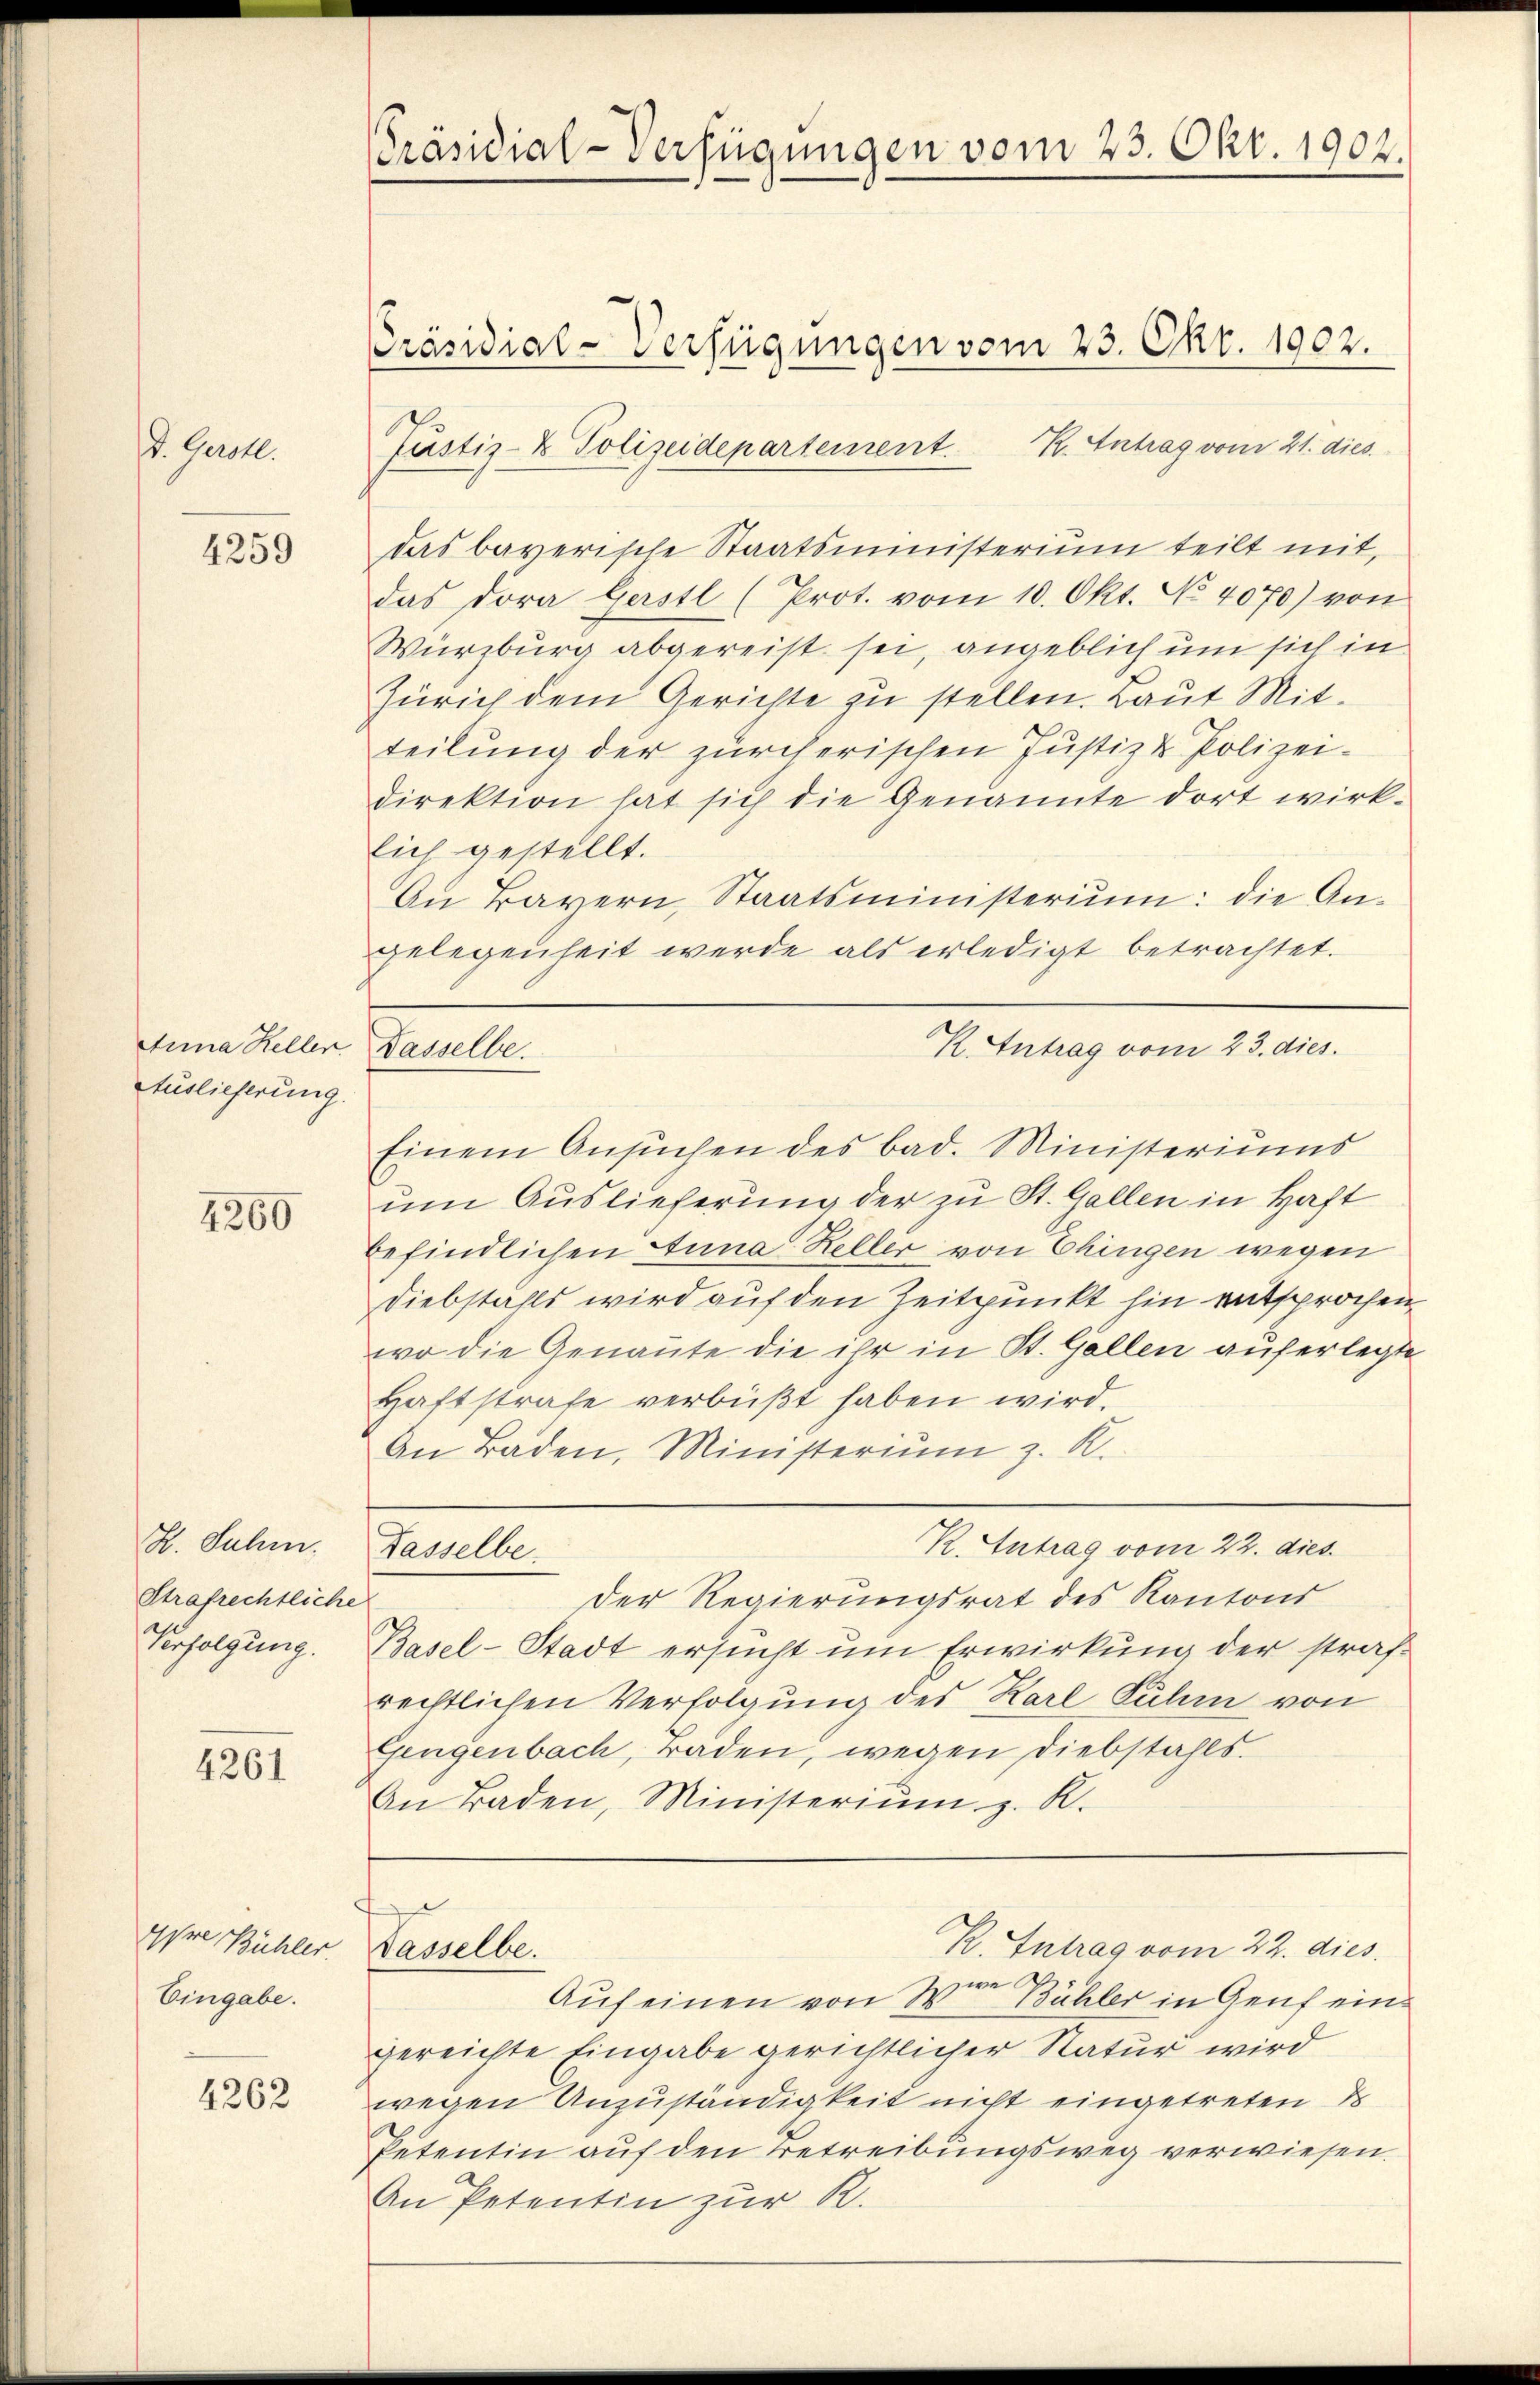
d. Gerstl.

4259

Anna Hellen Gasselbe.
Auslieferung

4260

H. Suhm.
Strafrechtliche
Verfolgung.

4261

Were Bühler
Eingabe.

4262

Präsidial-Verfügungen vom 23. Okt. 1902.

Präsidial-Verfügungen vom 23. Okt. 1902.
Pustiz- & Polizeidepartement. K. Antrag vom 21. dies

gelegenheit werde als erledigt betrachtet.

das bayerische Staatsministerium teilt mit,
das Dora Gerstl (Prot. vom 10. Okt. No. 4070) von
Würzburg abgereist sei, angeblich um sich in
Zürich dem Gerichte zu stellen. Laut Mit-
teilung der zürcherischen Justiz & Polizei-
direktion hat sich die Genannte dort wirk-
lich gestellt.
An Bayern, Staatsministerium: die An-
K. Antrag vom 23. dies.
Einem Ansuchen des bad. Ministeriums
um Auslieferung der zu St. Gallen in Haft
befindlichen Anna Heller von Chingen wegen
Diebstahls wird auf den Zeitpunkt hin entsprochen
wo die Genannte die ihr in St. Gallen auferlegte
Haftstrafe verbüßt haben wird.
An Baden, Ministeriŭm z. K.
R. Antrag vom 22. dies
Lasselbe.
Der Regierungsrat des Kantons
Basel-Stadt ersucht um Erwirkung der strafrechtlichen Verfolgung des Karl Ruhm von
Gengenbach, raden, wegen Diebstahls
An Baden, Ministeriŭm z. R.

Passelbe.

2.
Auf einen von Wir Bühler in Genf eingereichte Eingabe gerichtlicher Natur wird
wegen Unzuständigkeit nicht eingetreten d
Petentin auf den Betreibungsweg verwiesen.
An Petentin zur R.

R. Intrag vom 22. dies